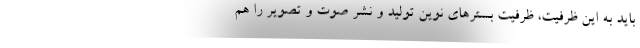
باید به این ظرفیت، ظرفیت بسترهای نوین تولید و نشر صوت و تصویر را هم